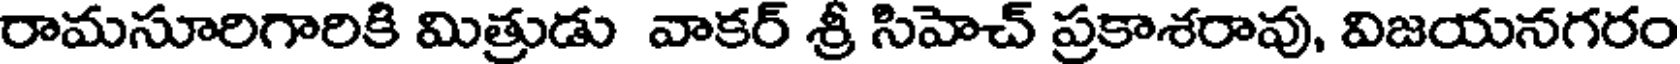
రామసూరిగారికి మిత్రుడు వాకర్ శ్రీ సిహెచ్ ప్రకాశరావు, విజయనగరం